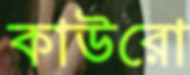
কাউরো